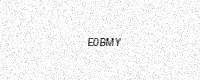
Text: E0BMY